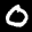
Label: 0